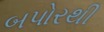
બપોરથી